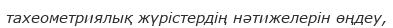
тахеометриялық жүрістердің нәтижелерін өңдеу,